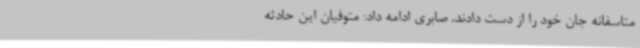
متاسفانه جان خود را از دست دادند. صابری ادامه داد: متوفیان این حادثه